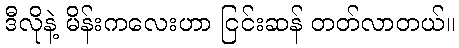
ဒီလိုနဲ့ မိန်းကလေးဟာ ငြင်းဆန် တတ်လာတယ်။